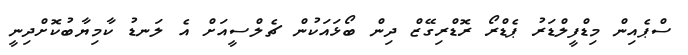
ސްޕެއިން މިޑްފީލްޑަރު ޕެޑްރޯ ރޮޑްރިގޭޒް ދިން ބޯޅައަކުން ޗެލްސީއަށް އެ ލަނޑު ކާމިޔާބުކޮށްދިނީ